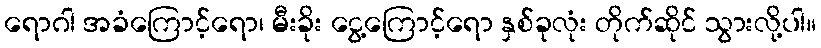
ရောဂါ အခံကြောင့်ရော၊ မီးခိုး ငွေ့ကြောင့်ရော နှစ်ခုလုံး တိုက်ဆိုင် သွားလို့ပါ။